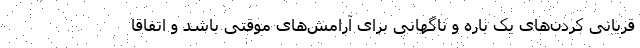
قربانی کردن‌های یک باره و ناگهانی برای آرامش‌های موقتی باشد و اتفاقاً